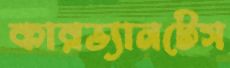
কারভ্যানটেস